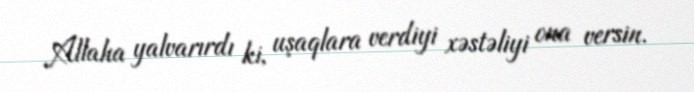
Allaha yalvarırdı ki, uşaqlara verdiyi xəstəliyi ona versin.